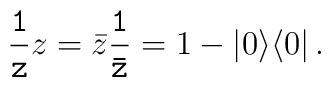
{\tt \frac{1}{z}} z=\bar{z}{\tt \frac{1}{\bar{z}}}=1-|0\rangle\langle 0|\, .